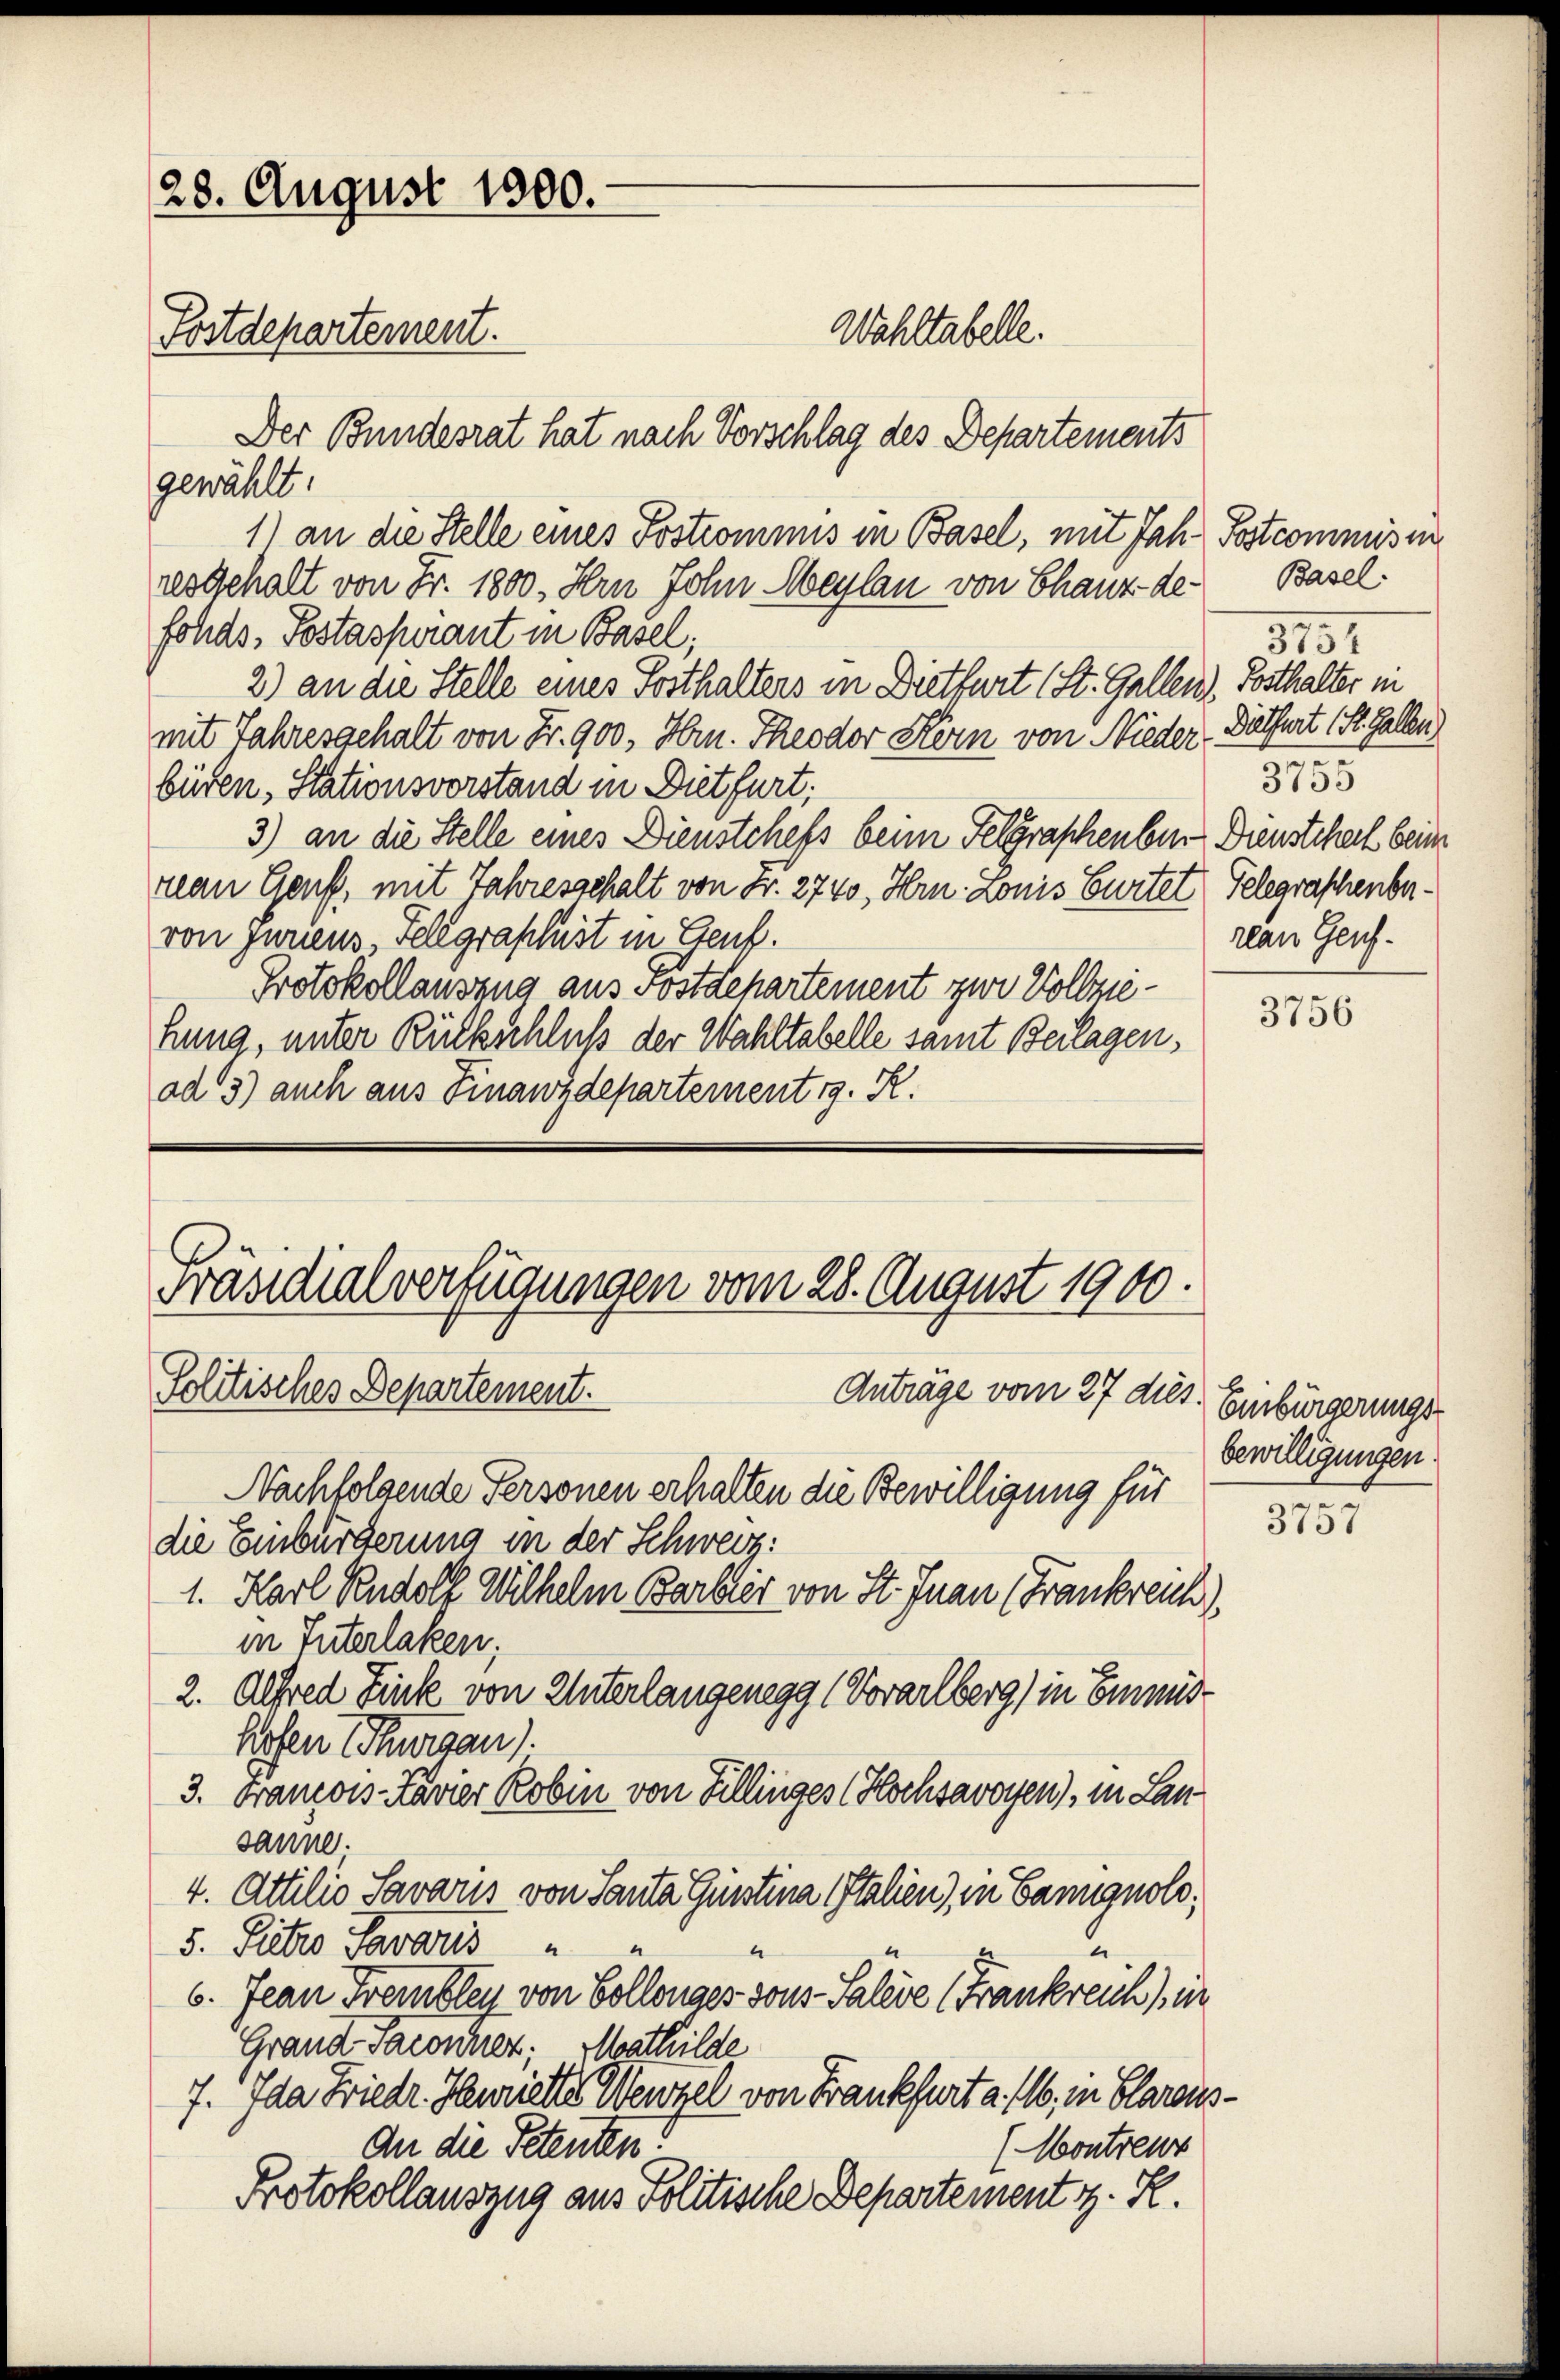
28. August 1800.
Fostdepartement.

Wahltabelle.

Der Bundesrat hat nach Vorschlag des Departements
gewählt:
1) an die Stelle eines Sostrommnis in Basel, mit Jahr Postcommisi
resgehalt von Fr. 1800. Hrn John Maylan von Chauz defolds, Postaspirant in Basel;
2) an die Stelle eines Posthalters in Dietfurt (St. Gallen), Posthalter in
mit Jahresgehalt von Fr. 900., Hrn. Theodor Korn von Nieder
büren, Stationsvorstand in Dietfurt;
3) an die Stelle eines Dienstchefs beim Felgraschenber Dienstcheck beim
van Genf, mit Jahresgehalt von Fr. 2740, Hrn. Lonis Gurtel Telegraschenbervon Juriens, Felegraphist in Genf.
Protokollauszug aus Postdepartement zur Vollziehung, unter Rückschluß der Wahltabelle samt Beilagen,
ad 3) auch aus Finanzdepartementig. R.

Präsidialverfügungen vom 28. August 1900.
Politisches Departement.
Anträge vom 27 dies

Nachfolgende Personen erhalten die Bewilligung für
die Einbürderung in der Schweiz:
1. Karl Rudolf Wilhelm Barbier von St. Juan (Frankreich
in Interlaken;
2. Alfred Fink von Unterlangenegg (Vorarlberg) in Emmis-
hofen (Thurgau).
3. Francois-Lavier Robin von Fillinges (Hochsavoyen), in Lan
sanne.
4. Attilio Savaris von Santa Ginstina talien) in Cangnolo¬
5. Pietro Savaris
u
6. Jean Frembley von Collonaer sons-Saleve (Frankreich, in
Grand Paconuer; Mathilde
7. Ida Friedr. Henriette Wenzel von Frankfurt a. 116, in Claraus¬
An die Petenten?
(Montreux
Protokollauszug aus Politische Departement z. R.

Basel.
5157
Dielfart (St. Galle)
3755
rlan Genf.

3756

Einbürgerungs-
bewilligungen.

3757